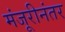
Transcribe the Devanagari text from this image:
मंजूरीनंतर